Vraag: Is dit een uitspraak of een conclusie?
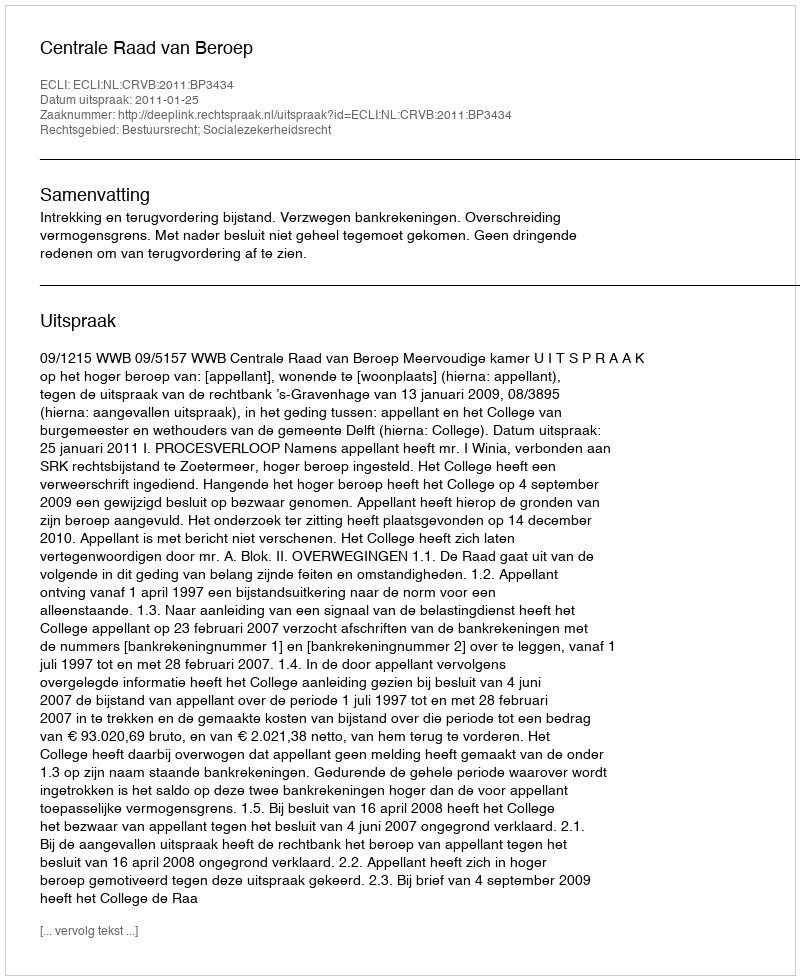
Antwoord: Uitspraak